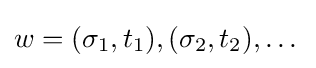
w=(\sigma _{1},t_{1}),(\sigma _{2},t_{2}),\dots